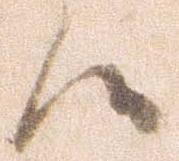
候